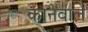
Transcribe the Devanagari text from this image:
कानेवाले